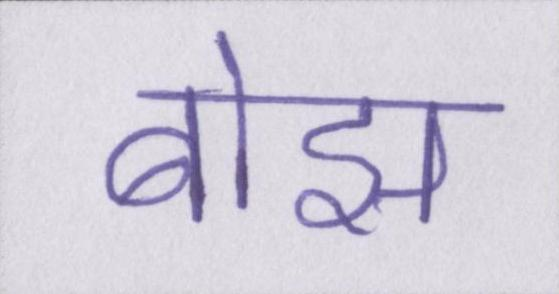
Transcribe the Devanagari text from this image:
बोझ